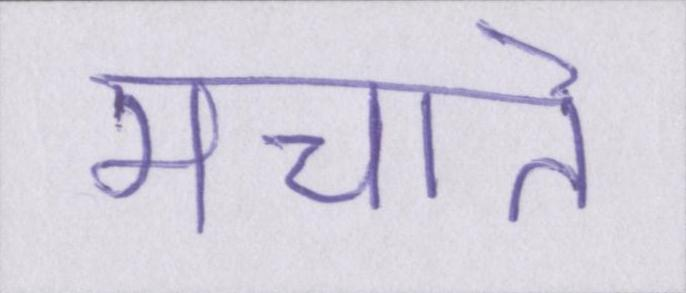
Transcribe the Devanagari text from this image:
मचाते